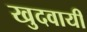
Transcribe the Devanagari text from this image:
खुदवायीं